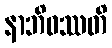
နာဘိဝဿတိ